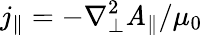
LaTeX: j_{\parallel}=-\nabla_{\perp}^{2}\mathit{A}_{\parallel}/\mu_{0}